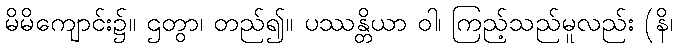
မိမိကျောင်း၌။ ဌတွာ၊ တည်၍။ ပဿန္တိယာ ဝါ၊ ကြည့်သည်မူလည်း (နိ၊